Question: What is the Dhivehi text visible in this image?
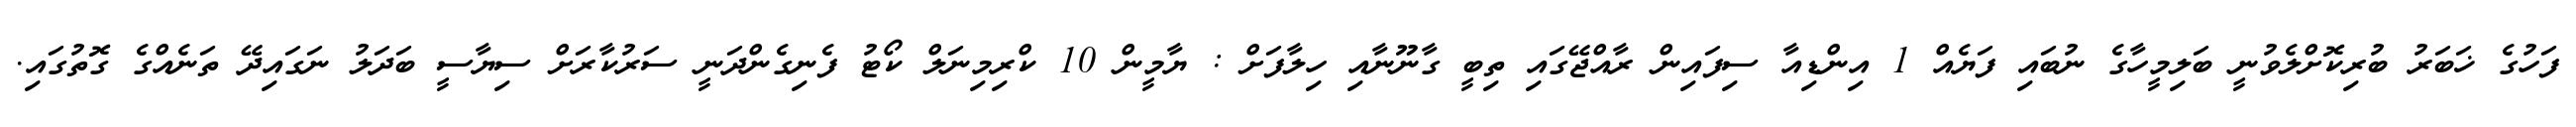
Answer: ފަހުގެ ޚަބަރު ބުރިކޮށްލެވުނީ ބަލިމީހާގެ ނުބައި ފަޔެއް 1 އިންޑިއާ ސިފައިން ރާއްޖޭގައި ތިބީ ގާނޫނާއި ހިލާފަށް : ޔާމީން 10 ކްރިމިނަލް ކޯޓު ފެނިގެންދަނީ ސަރުކާރަށް ސިޔާސީ ބަދަލު ނަގައިދޭ ތަނެއްގެ ގޮތުގައި.